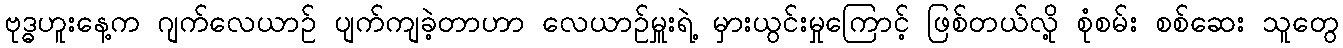
ဗုဒ္ဓဟူးနေ့က ဂျက်လေယာဉ် ပျက်ကျခဲ့တာဟာ လေယာဉ်မှူးရဲ့ မှားယွင်းမှုကြောင့် ဖြစ်တယ်လို့ စုံစမ်း စစ်ဆေး သူတွေ